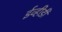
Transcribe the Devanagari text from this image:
ईव्हीडी